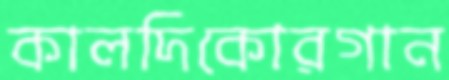
কালদিকোরগান